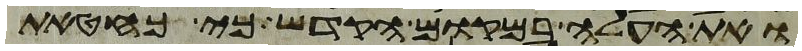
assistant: ואת העלה במקום הקדש כי כחטאת